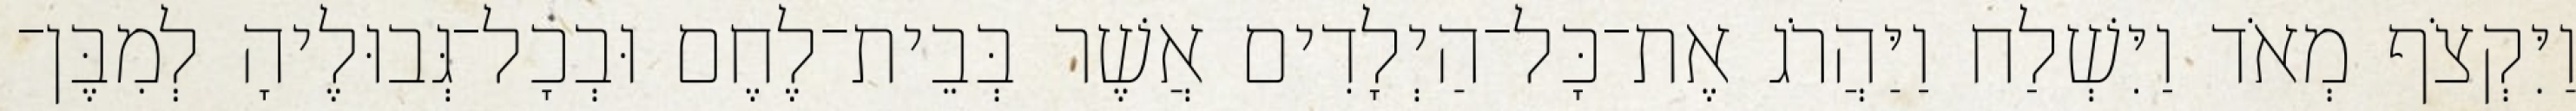
וַיִּקְצֹף מְאֹד וַיִּשְׁלַח וַיַּהֲרֹג אֶת־כָּל־הַיְלָדִים אֲשֶׁר בְּבֵית־לֶחֶם וּבְכָל־גְּבוּלֶיהָ לְמִבֶּן־